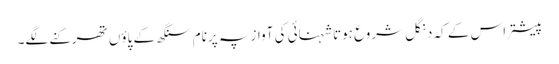
پیشتر اس کے کہ دنگل شروع ہوتا شہنائی کی آواز پہ پرنام سنگھ کے پاؤں تھرکنے لگے۔